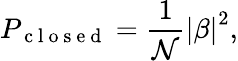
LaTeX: P_{\mathrm{~c~l~o~s~e~d~}}=\frac{1}{\mathcal{N}}\left|\beta\right|^{2},